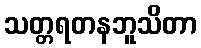
သတ္တရတနဘူသိတာ